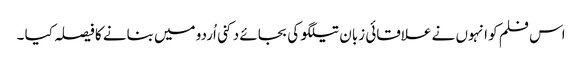
اس فلم کو انہوں نے علاقائی زبان تیلگو کی بجائے دکنی اُردو میں بنانے کا فیصلہ کیا ۔